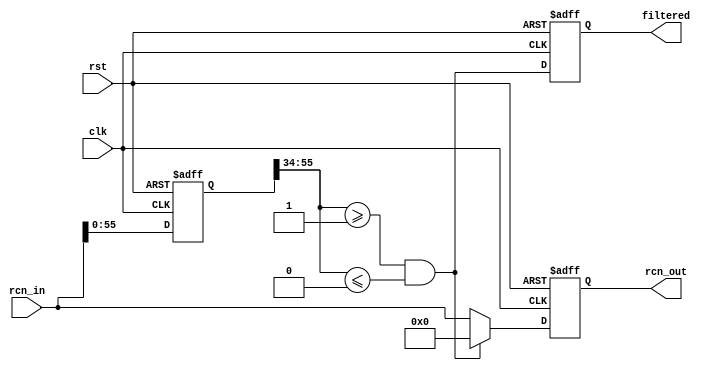
/* SPDX-License-Identifier: MIT */
/* (c) Copyright 2018 David M. Koltak, all rights reserved. */

//
// Bus address filter - squash any cycle within ranges
//

module rcn_filter
(
    input clk,
    input rst,

    input [68:0] rcn_in,
    output [68:0] rcn_out,
    
    output reg filtered
);
    parameter START_0 = 1;
    parameter END_0 = 0;
    parameter START_1 = 1;
    parameter END_1 = 0;
    parameter START_2 = 1;
    parameter END_2 = 0;
    parameter START_3 = 1;
    parameter END_3 = 0;

    reg [68:0] rin;
    reg [68:0] rout;
    
    assign rcn_out = rout;
    
    wire [23:0] addr_start_0 = START_0;
    wire [23:0] addr_end_0 = END_0;
    wire filter_0 = (rin[55:34] >= addr_start_0) && (rin[55:34] <= addr_end_0);
    
    wire [23:0] addr_start_1 = START_1;
    wire [23:0] addr_end_1 = END_1;
    wire filter_1 = (rin[55:34] >= addr_start_1) && (rin[55:34] <= addr_end_1);
    
    wire [23:0] addr_start_2 = START_2;
    wire [23:0] addr_end_2 = END_2;
    wire filter_2 = (rin[55:34] >= addr_start_2) && (rin[55:34] <= addr_end_2);
    
    wire [23:0] addr_start_3 = START_3;
    wire [23:0] addr_end_3 = END_3;
    wire filter_3 = (rin[55:34] >= addr_start_3) && (rin[55:34] <= addr_end_3);
    
    always @ (posedge clk or posedge rst)
        if (rst)
        begin
            rin <= 69'd0;
            rout <= 69'd0;
            filtered <= 1'b0;
        end
        else
        begin
            rin <= rcn_in;
            rout <= (filter_0 || filter_1 || filter_2 || filter_3) ? 69'd0 : rcn_in;
            filtered <= (filter_0 || filter_1 || filter_2 || filter_3);
        end
    

endmodule